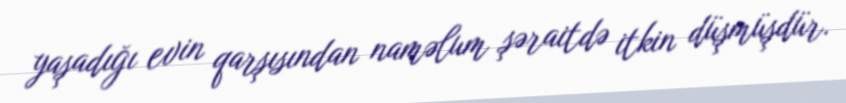
yaşadığı evin qarşısından naməlum şəraitdə itkin düşmüşdür.